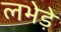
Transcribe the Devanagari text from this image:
लभेड़े